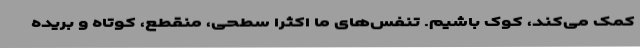
کمک می‌کند، کوک باشیم. تنفس‌های ما اکثرا سطحی، منقطع، کوتاه و بریده